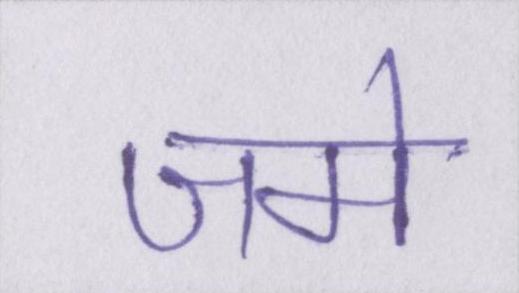
जमे